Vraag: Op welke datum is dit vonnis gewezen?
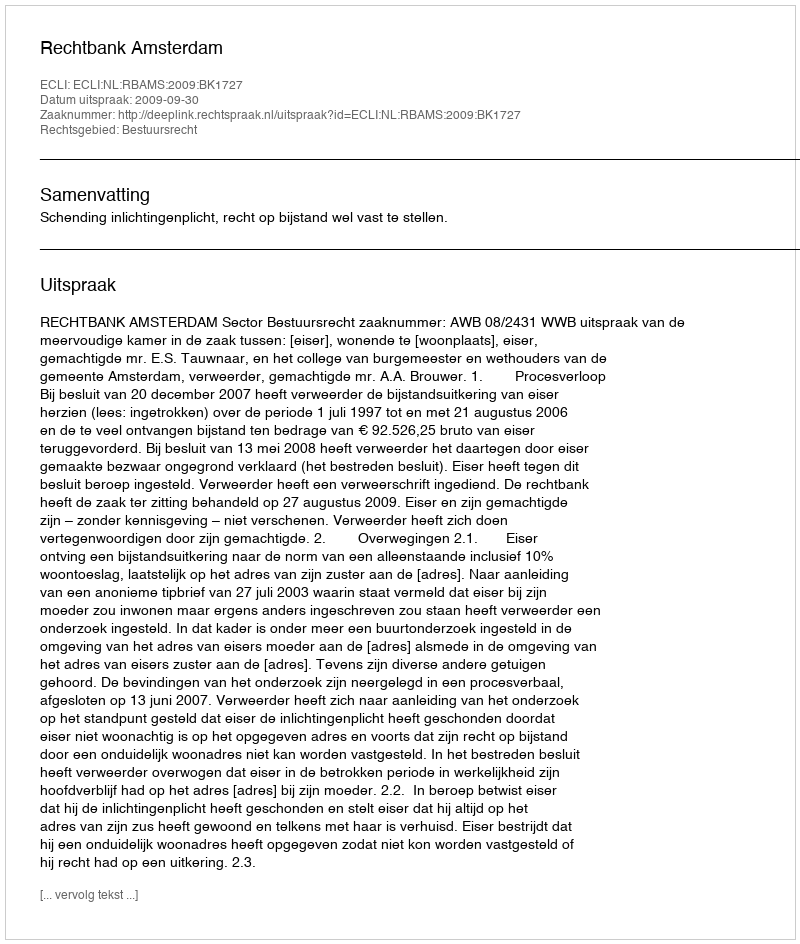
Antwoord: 2009-09-30